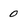
Character: 0